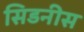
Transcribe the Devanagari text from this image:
सिडनीस